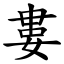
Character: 婁